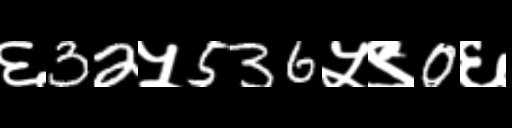
Text: ६32५536५९0६